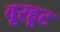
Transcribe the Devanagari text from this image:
वूरहूट